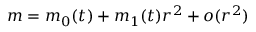
m = m _ { 0 } ( t ) + m _ { 1 } ( t ) r ^ { 2 } + o ( r ^ { 2 } )